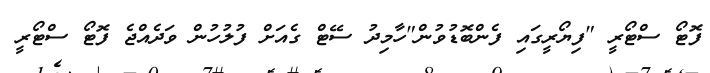
ފޮޓޯ ސްޓޯރީ "ފިޔޯރީގައި ފެންބޮޑުވުން"ހާމިދު ސޭޓް ގެއަށް ފުލުހުން ވަދެއްޖެ ފޮޓޯ ސްޓޯރީ